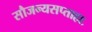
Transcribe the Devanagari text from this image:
सौजन्यसप्ताह६